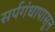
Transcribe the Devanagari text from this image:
सर्पगंधापासून